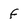
Character: f